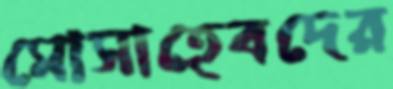
মোসাহেবদের